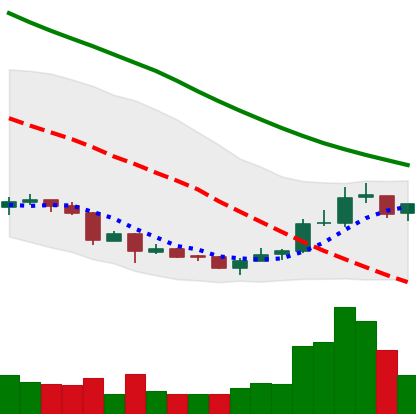
Ticker: NEO-USD
Chart end date: 2018-07-07
Forward return: -19.223%
Label: down_7plus